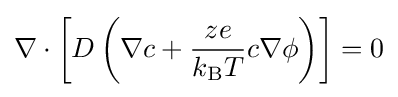
\nabla \cdot \left[D\left(\nabla c+{ze \over {k_{\text{B}}T}}c\nabla \phi \right)\right]=0